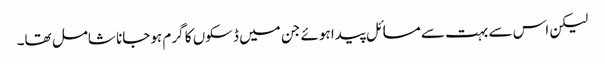
لیکن اس سے بہت سے مسائل پیدا ہوئے جن میں ڈسکوں کا گرم ہوجانا شامل تھا۔